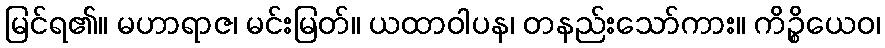
မြင်ရ၏။ မဟာရာဇ၊ မင်းမြတ်။ ယထာဝါပန၊ တနည်းသော်ကား။ ကိဉ္စိယေဝ၊